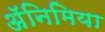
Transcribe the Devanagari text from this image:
अॅनिमिया